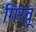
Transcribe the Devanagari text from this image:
गिरवू